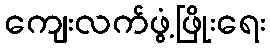
ကျေးလက်ဖွံ့ဖြိုးရေး